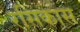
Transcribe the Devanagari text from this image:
रसिकास